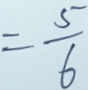
= \frac { 5 } { 6 }